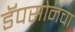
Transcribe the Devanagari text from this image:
डॅपसोनचा